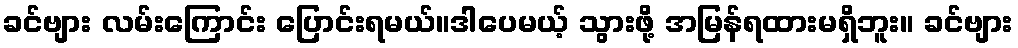
ခင်ဗျား လမ်းကြောင်း ပြောင်းရမယ်။ဒါပေမယ့် သွားဖို့ အမြန်ရထားမရှိဘူး။ ခင်ဗျား